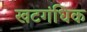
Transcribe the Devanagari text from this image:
खटगंधिक